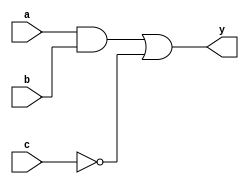
module combinational_logic (
    input wire a,        // Input signal a
    input wire b,        // Input signal b
    input wire c,        // Input signal c
    output reg y         // Output signal y
);

// Always block for combinational logic
always @ (a or b or c) begin
    // Blocking assignments to update output based on inputs
    y = (a & b) | (~c);  // Example combinational logic: y = (a AND b) OR (NOT c)
end

endmodule